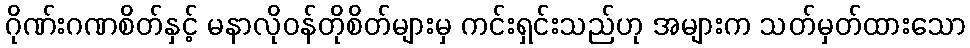
ဂိုဏ်းဂဏစိတ်နှင့် မနာလိုဝန်တိုစိတ်များမှ ကင်းရှင်းသည်ဟု အများက သတ်မှတ်ထားသော